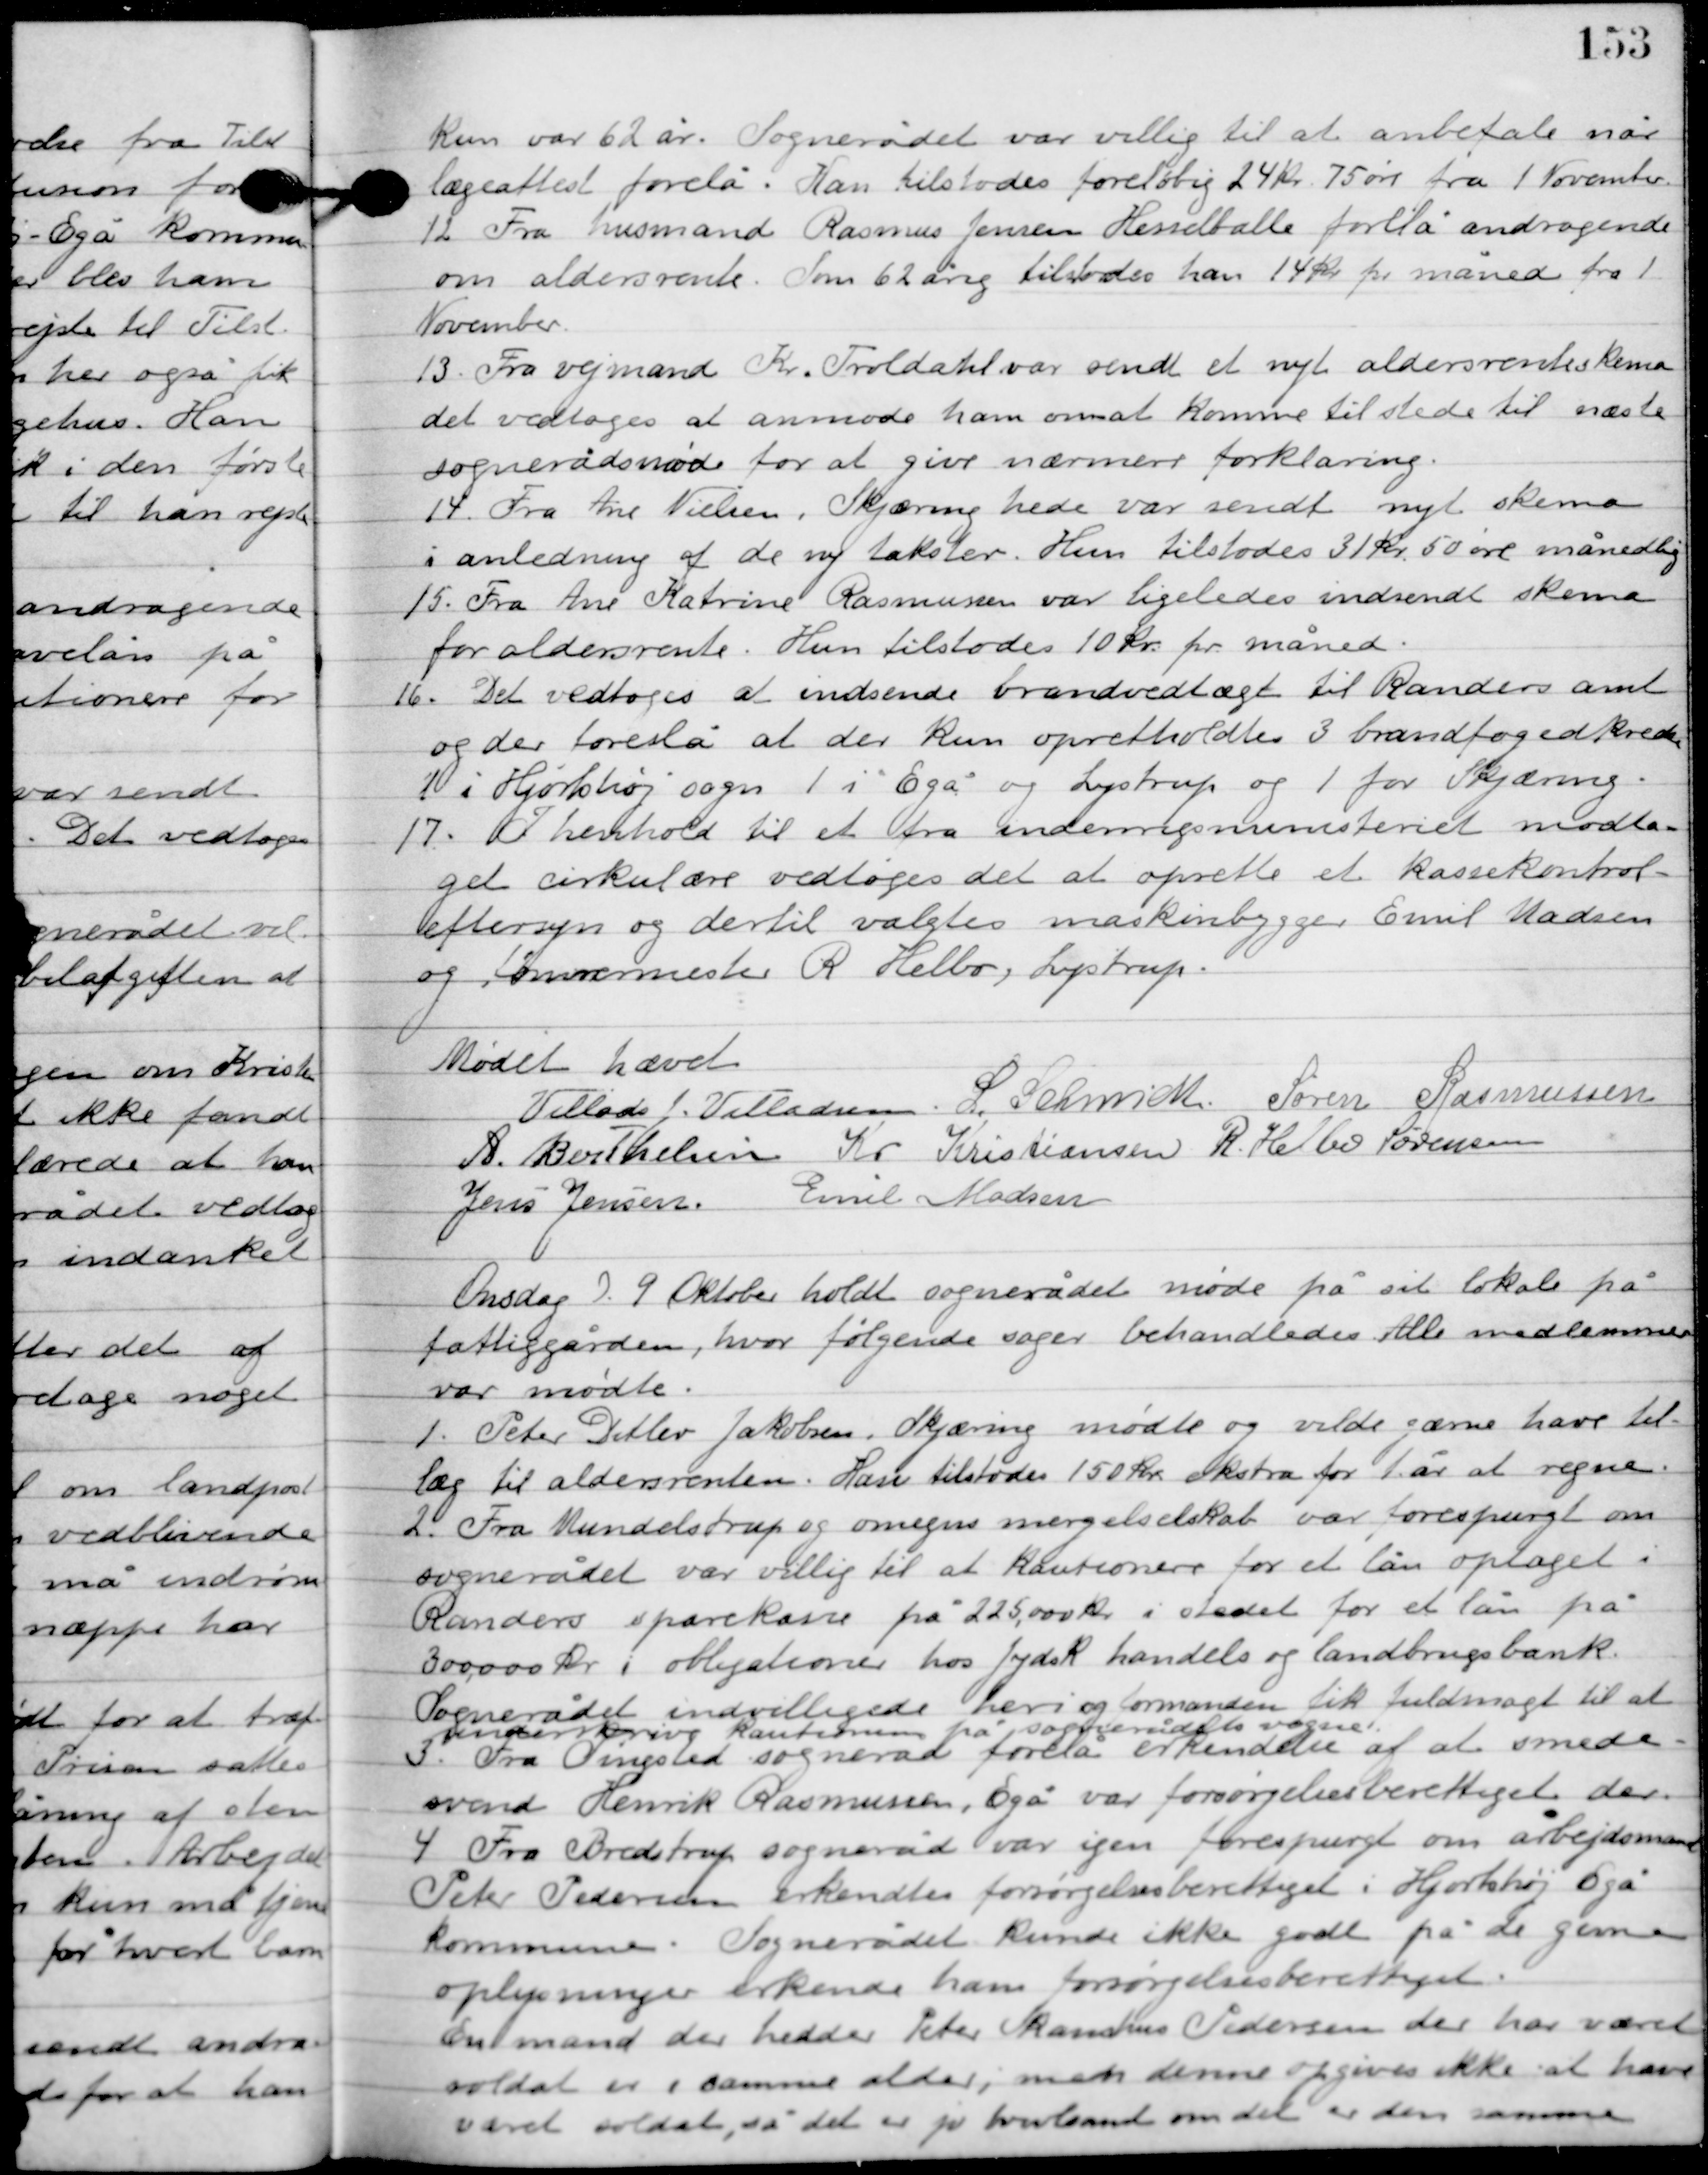
Transskription:
Kun var 62 år. Sognerådet var villig til at anbefale når
lægeattest forelå. Han tilstodes foreløbig 24 kr. 75 øre fra 1. November.

12

Fra husmand Rasmus Jensen Hesselballe forelå andragende
om aldersrente som 62 årig tilstodes ham 14 kr. pr. måned fra 1.
November.

13

Fra vejmand Kr. Treldal var sendt et nyt aldersrente skema
det vedtoges at anmode ham om at komme til stede til næste
sognerådsmøde for at give nærmere forklaring.

14

Fra Ane Nielsen, Skjæring hede var sendt nyt skema
i anledning af de ny takster. Hun tilstodes 31 kr. 50 øre månedlig.

15

Fra Ane Katrine Rasmussen var ligeledes indsendt skema
for aldersrente. Hun tilstodes 10 kr. pr. måned.

16

Det vedtoges at indsende brandvedtægt til Randers amt
og der forelå at der kun opretholdes 3 brandfogedkredse
1 i Hjorthøj sogn, 1 i Egå og Lystrup og 1 for Skjæring.

17

I henhold til et fra indenrigsministeriet modta-
get cirkulære vedtoges det at oprette et kassekontrol-
eftersyn og dertil valgtes maskinbygger Emil Madsen
og tømrermester R. Helbo, Lystrup.

Mødet hævet.

Villads J. Villadsen
I. Schmidt
Søren Rasmussen
A. Berthelsen
Kr. Kristiansen
R. Helbo Sørensen
Jens Jensen
Emil Madsen

Onsdag D. 9. Oktober holdt sognerådet møde på sit lokale på
 fattiggården, hvor følgende sager behandledes. Alle medlemmer
var mødte.

1

Peter Ditlev Jakobsen, Skjæring mødte og vilde gærne have til-
læg til aldersrenten. Han tilstodes 150 kr. ekstra for 1 år at regne.

2

Fra Mundelstrup og omegn mergelselskab var forespurgt om 
sognerådet var villig til at kautionere for et lån optaget i
 Randers sparekasse på 225.000 kr. i stedet for et lån på 
300.000 i obligationer hos Jydsk handels og landbrugsbank. 
Sognerådet indvilligede heri og formanden fik fuldmagt til at 
inddrive kautionen på sognerådets vegne.

3

Fra Tingsted sogneråd forelå erkendelse af at smede-
svend Henrik Rasmussen, Egå var forsørgelsesberettiget der.

4

Fra Bredstrup sogneråd var igen forespurgt om arbejdsmand 
Peter Pedersen erkendtes forsørgelsesberettiget i Hjortshøj Egå 
kommune. Sognerådet kunde ikke godt på de givne
oplysninger erkende ham forsørgelsesberettiget. 
En mand der hedder Peter Skamhus Pedersen der har været 
soldat er i samme alder, men denne opgives ikke at have
 været soldat, så det er jo tvivlsomt om det er den samme.